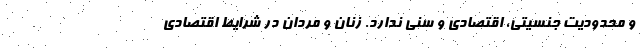
و محدودیت جنسیتی، اقتصادی و سنی ندارد. زنان و مردان در شرایط اقتصادی